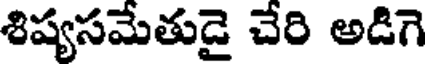
శిష్యసమేతుడై చేరి అడిగె